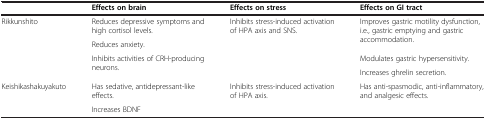
<table><thead><tr><td><b> </b></td><td><b>Effects on brain</b></td><td><b>Effects on stress</b></td><td><b>Effects on GI tract</b></td></tr></thead><tbody><tr><td rowspan="4">Rikkunshito</td><td>Reduces depressive symptoms and high cortisol levels.</td><td rowspan="2">Inhibits stress-induced activation of HPA axis and SNS.</td><td rowspan="2">Improves gastric motility dysfunction, i.e., gastric emptying and gastric accommodation.</td></tr><tr><td>Reduces anxiety.</td></tr><tr><td rowspan="2">Inhibits activities of CRH-producing neurons.</td><td rowspan="2"> </td><td>Modulates gastric hypersensitivity.</td></tr><tr><td>Increases ghrelin secretion.</td></tr><tr><td>Keishikashakuyakuto</td><td>Has sedative, antidepressant-like effects.</td><td>Inhibits stress-induced activation of HPA axis.</td><td>Has anti-spasmodic, anti-inflammatory, and analgesic effects.</td></tr><tr><td> </td><td>Increases BDNF</td><td> </td><td> </td></tr></tbody></table>